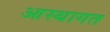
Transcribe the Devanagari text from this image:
आस्थागत